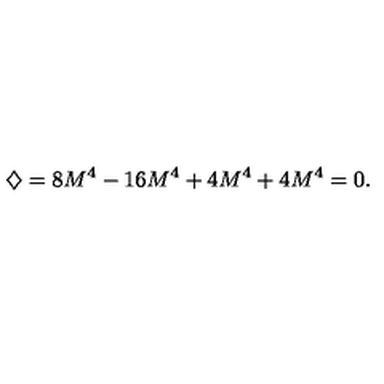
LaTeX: \diamondsuit = 8 M ^ { 4 } - 1 6 M ^ { 4 } + 4 M ^ { 4 } + 4 M ^ { 4 } = 0 .